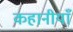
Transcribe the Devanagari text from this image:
कहानीयाँ